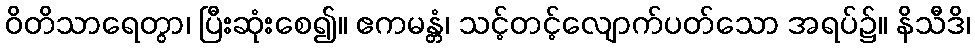
ဝိတိသာရေတွာ၊ ပြီးဆုံးစေ၍။ ဧကမန္တံ၊ သင့်တင့်လျောက်ပတ်သော အရပ်၌။ နိသီဒိ၊